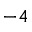
^ { - 4 }